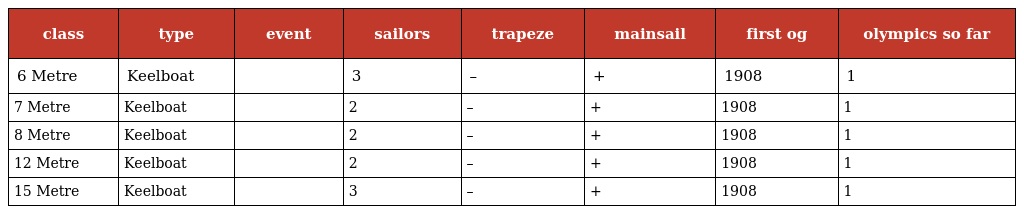
| class | type | event | sailors | trapeze | mainsail | first og | olympics so far |
 | --- | --- | --- | --- | --- | --- | --- | --- |
 | 6 Metre | Keelboat |  | 3 | – | + | 1908 | 1 |
 | 7 Metre | Keelboat |  | 2 | – | + | 1908 | 1 |
 | 8 Metre | Keelboat |  | 2 | – | + | 1908 | 1 |
 | 12 Metre | Keelboat |  | 2 | – | + | 1908 | 1 |
 | 15 Metre | Keelboat |  | 3 | – | + | 1908 | 1 |